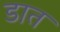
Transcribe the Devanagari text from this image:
डात